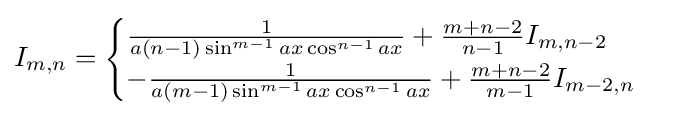
I_{m,n}={\begin{cases}{\frac {1}{a(n-1)\sin ^{m-1}{ax}\cos ^{n-1}{ax}}}+{\frac {m+n-2}{n-1}}I_{m,n-2}\\-{\frac {1}{a(m-1)\sin ^{m-1}{ax}\cos ^{n-1}{ax}}}+{\frac {m+n-2}{m-1}}I_{m-2,n}\\\end{cases}}\,\!